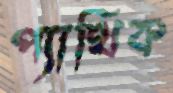
প্যাথিক